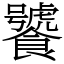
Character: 饕